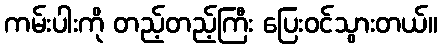
ကမ်းပါးကို တည့်တည့်ကြီး ပြေးဝင်သွားတယ်။